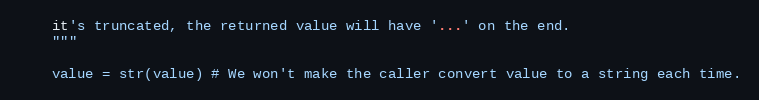
Language: Python
    it's truncated, the returned value will have '...' on the end.
    """

    value = str(value) # We won't make the caller convert value to a string each time.